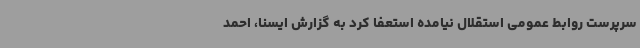
سرپرست روابط عمومی استقلال نیامده استعفا کرد به گزارش ایسنا، احمد